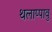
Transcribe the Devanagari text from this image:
थलाप्पावु